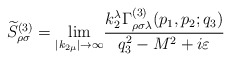
\begin{align*}\widetilde{S}_{\rho \sigma }^{(3)}={\lim_{\left| k_{2\mu }\right|\rightarrow \infty }}\frac{k_2^\lambda \Gamma _{\rho \sigma \lambda}^{(3)}(p_1,p_2;q_3)}{q_3^2-M^2+i\varepsilon }\end{align*}